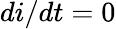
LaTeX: {di}/{dt}=0